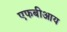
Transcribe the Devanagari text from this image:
एफबीआय